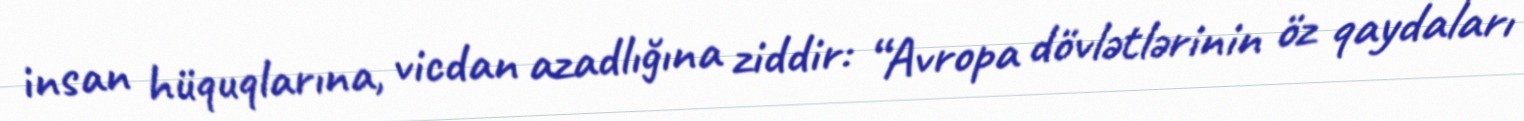
insan hüquqlarına, vicdan azadlığına ziddir: “Avropa dövlətlərinin öz qaydaları